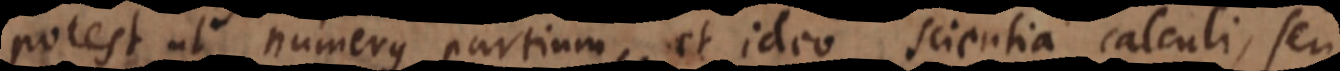
potest ut numerus partium, et ideo scientia calculi, seu